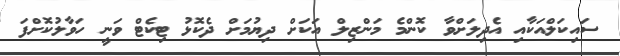
ސައިކަލްއަކާއި އެދިލަށްވާ ކޮންމެ މަންޒިލް އަކަށް ދިޔުމަށް ދެކޮޅު ޓިކެޓް ވަނީ ހަވާލުކޮށްފަ